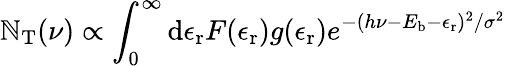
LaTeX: \mathbb{N}_{\mathrm{{T}}}(\nu)\propto\int_{0}^{\infty}\mathrm{{d}}\epsilon_{\mathrm{{r}}}F(\epsilon_{\mathrm{{r}}})g(\epsilon_{\mathrm{{r}}})e^{-(h\nu-E_{\mathrm{{b}}}-\epsilon_{\mathrm{{r}}})^{2}/\sigma^{2}}